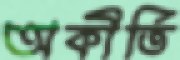
অকীর্তি